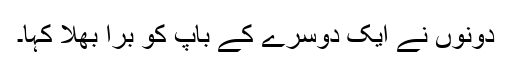
دونوں نے ایک دوسرے کے باپ کو برا بھلا کہا۔